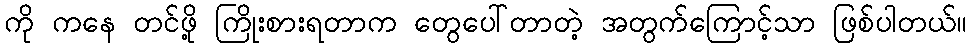
ကို ကနေ တင်ဖို့ ကြိုးစားရတာက တွေပေါ်တာတဲ့ အတွက်ကြောင့်သာ ဖြစ်ပါတယ်။